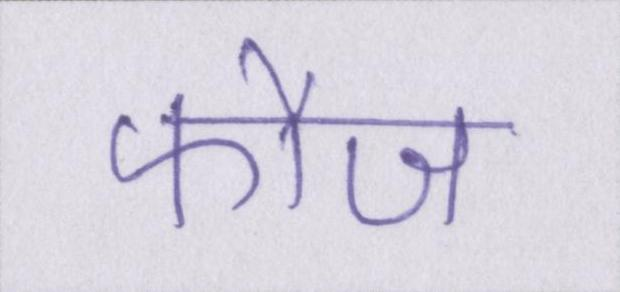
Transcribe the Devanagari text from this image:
फौज